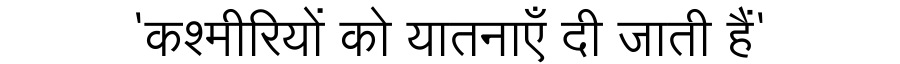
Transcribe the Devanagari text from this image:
'कश्मीरियों को यातनाएँ दी जाती हैं'